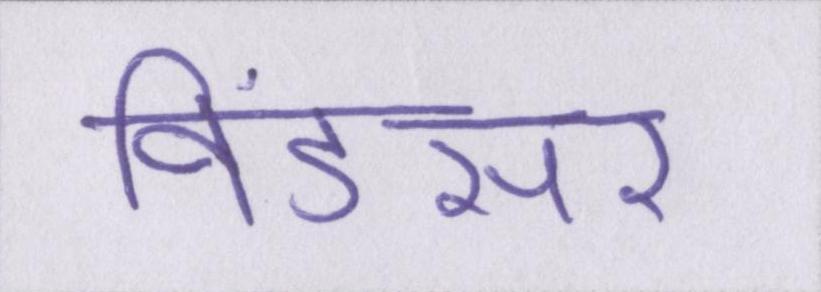
विंडसर